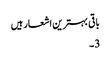
باقی بہترین اشعار ہیں
3۔